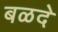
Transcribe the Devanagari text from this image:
बळदे